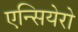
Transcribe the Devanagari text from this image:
एन्सियेरो